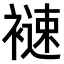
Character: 𧜦